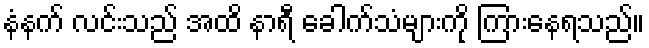
နံနက် လင်းသည် အထိ နာရီ ခေါက်သံများကို ကြားနေရသည်။